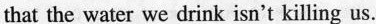
that the water we drink isn't killing us.